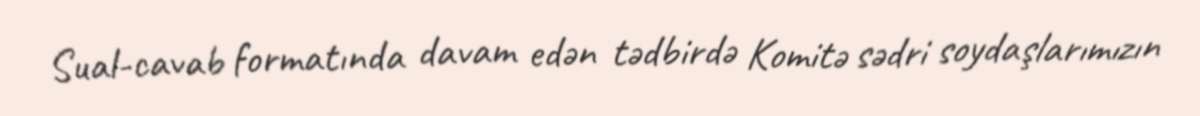
Sual-cavab formatında davam edən tədbirdə Komitə sədri soydaşlarımızın